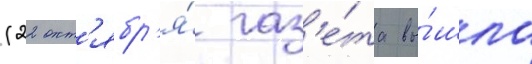
(22 окт'ябр'я́ газ'е́та вы́шла